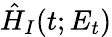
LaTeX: \hat{H}_{I}(t;E_{t})